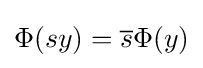
\Phi (sy)={\overline {s}}\Phi (y)